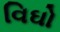
વિઘો